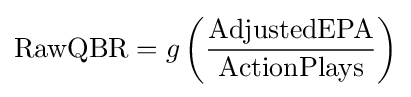
\mathrm {RawQBR} =g\left(\mathrm {\frac {AdjustedEPA}{ActionPlays}} \right)